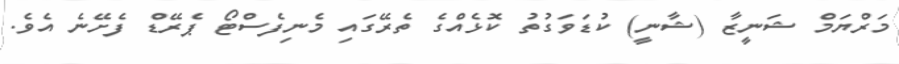
މަރްޔަމް ޝަނީޒާ (ޝާނީ) ކުޑަވަގުތު ކޮޅެއްގެ ތެރޭގައި މެނިފެސްޓޯ ޕެރޭޑް ފެށޭނެ އެވެ.